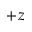
+ z